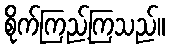
စိုက်ကြည့်ကြသည်။